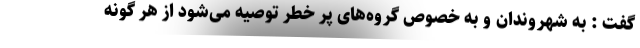
گفت : به شهروندان و به خصوص گروه‌های پر خطر توصیه می‌شود از هر گونه